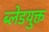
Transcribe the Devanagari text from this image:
ब्लेडयुक्त